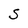
Character: S